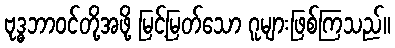
ဗုဒ္ဓဘာဝင်တို့အဖို့ မြင့်မြတ်သော ဂူများဖြစ်ကြသည်။